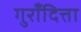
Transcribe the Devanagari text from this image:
गुराँदित्ता